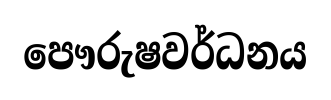
පෞරුෂවර්ධනය